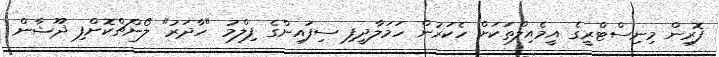
ފޮރިން މިނިސްޓްރީގެ އީމެއިލްތަކަށް ހެކަރުން ހަމަލާދީފި ސިފައިންގެ ފިލްމު "ހާދަރު" ލޯންޗްކޮށްފި ޛޫޝާން